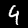
Digit: 4